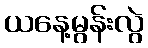
ယနေ့မွန်းလွဲ